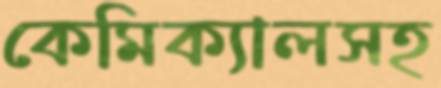
কেমিক্যালসহ